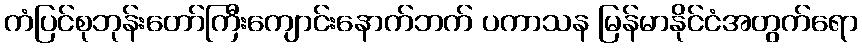
ကံပြင်စုဘုန်းတော်ကြီးကျောင်းနောက်ဘက် ပကာသန မြန်မာနိုင်ငံအတွက်ရော